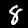
Digit: 8